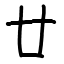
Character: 廿